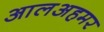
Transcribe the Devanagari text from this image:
आलअहमर